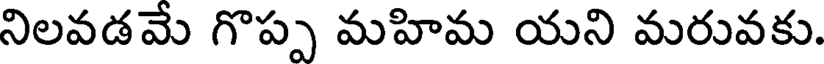
నిలవడమే గొప్ప మహిమ యని మరువకు.